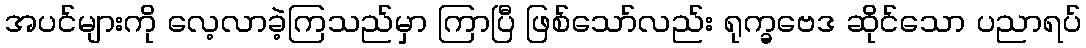
အပင်များကို လေ့လာခဲ့ကြသည်မှာ ကြာပြီ ဖြစ်သော်လည်း ရုက္ခဗေဒ ဆိုင်သော ပညာရပ်